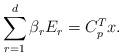
LaTeX: \begin{align*}\sum_{r=1}^d\beta_rE_r= C_p^Tx.\end{align*}